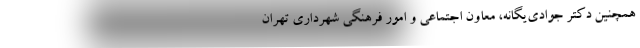
همچنین دکتر جوادی‌یگانه، معاون اجتماعی و امور فرهنگی شهرداری تهران